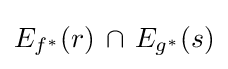
E_{f^{*}}(r)\,\cap \,E_{g^{*}}(s)